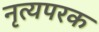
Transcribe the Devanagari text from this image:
नृत्यपरक